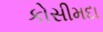
કોસીમદા